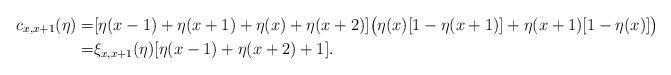
LaTeX: \begin{align*}c_{x,x+1}(\eta)=& [ \eta(x-1) + \eta(x+1) + \eta(x) + \eta(x+2) ] \big( \eta(x) [1 - \eta(x+1)] + \eta(x+1) [ 1 - \eta(x) ] \big) \\=&\xi_{x,x+1}(\eta) [ \eta(x-1) + \eta(x+2) + 1].\end{align*}